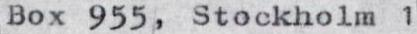
Box 955, Stockholm 1